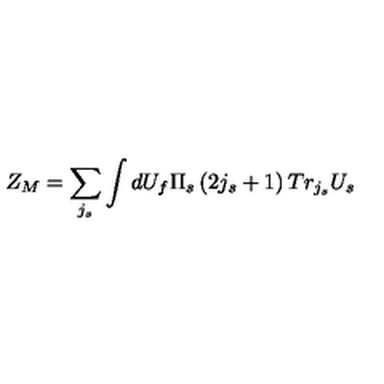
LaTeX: Z _ { M } = \sum _ { j _ { s } } \int d U _ { f } \Pi _ { s } \left( 2 j _ { s } + 1 \right) T r _ { j _ { s } } U _ { s }